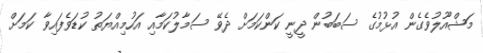
މަޝްއޫލުވެގެން އުޅުމުގެ ސަބަބުން ދީނީ ކަންކަމަށް ދެވޭ ސަމާލުކަމާއި އަހުމިއްޔަތު ކުޑަވެފައިވާ ކަމަށް